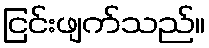
ငြင်းဖျက်သည်။